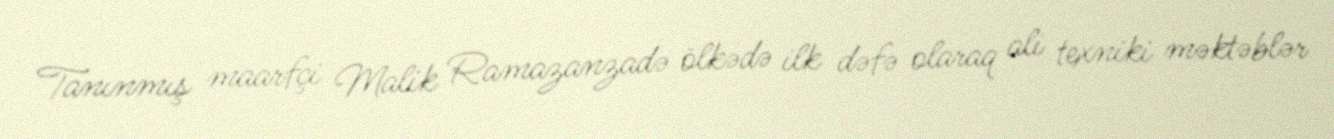
Tanınmış maarfçi Malik Ramazanzadə ölkədə ilk dəfə olaraq ali texniki məktəblər